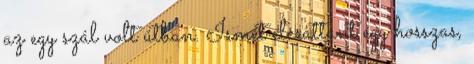
az egy szál volt útban. Ismét elcsattant egy hosszas,